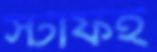
স্টাফই